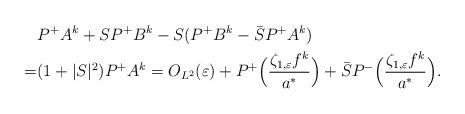
LaTeX: \begin{align*}&P^+A^k+SP^+B^k-S(P^+B^k-\bar{S}{P^+A^k})\\=&(1+|S|^2)P^+A^k=O_{L^2}(\varepsilon)+P^+\Big(\frac{\zeta_{1,\varepsilon}f^k}{a^*}\Big)+\bar{S}P^-\Big(\frac{\zeta_{1,\varepsilon}f^k}{a^*}\Big).\end{align*}